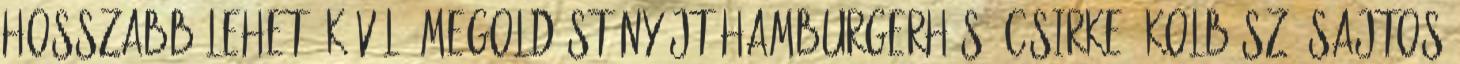
hosszabb lehet. Kíváló megoldást nyújt hamburgerhús, csirke, kolbász, sajtos